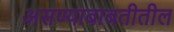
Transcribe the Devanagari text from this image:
असण्याबाबतीतील